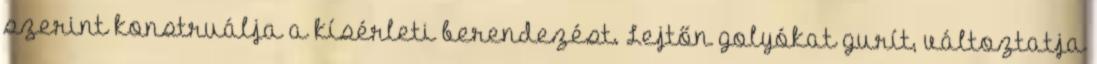
szerint konstruálja a kísérleti berendezést. Lejtőn golyókat gurít, változtatja